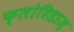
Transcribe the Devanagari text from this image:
फ्लोरिडाज़